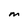
Character: M